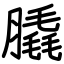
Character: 膬